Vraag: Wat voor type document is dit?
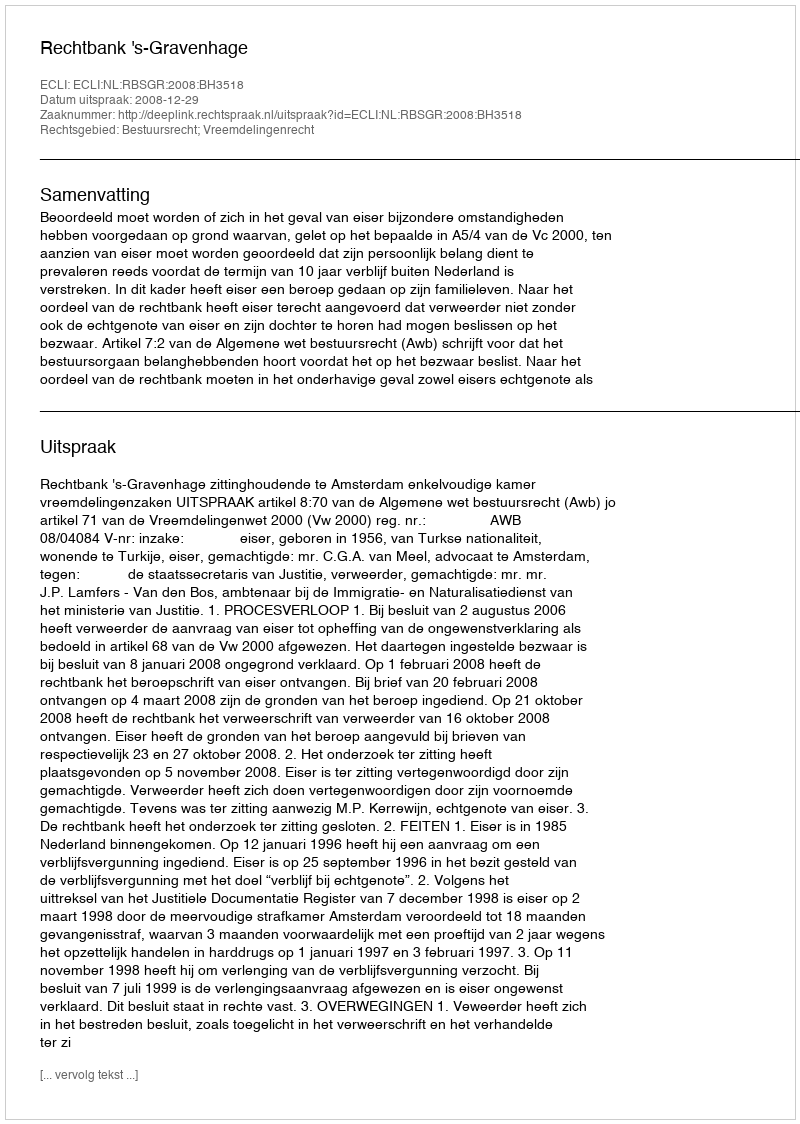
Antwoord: Uitspraak